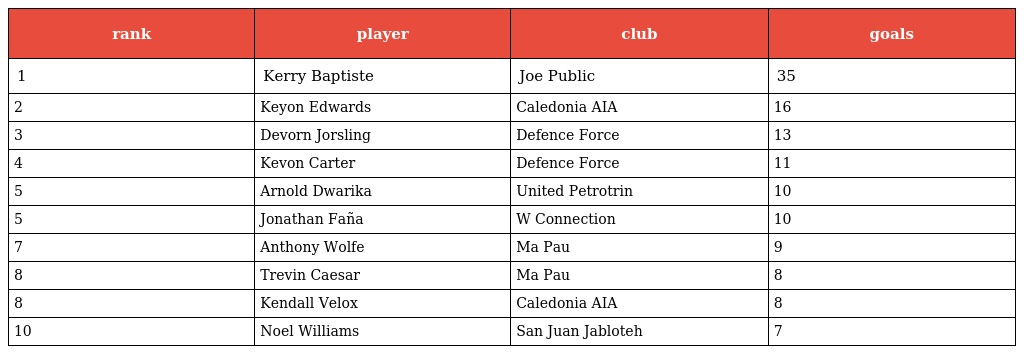
| rank | player | club | goals |
 | --- | --- | --- | --- |
 | 1 | Kerry Baptiste | Joe Public | 35 |
 | 2 | Keyon Edwards | Caledonia AIA | 16 |
 | 3 | Devorn Jorsling | Defence Force | 13 |
 | 4 | Kevon Carter | Defence Force | 11 |
 | 5 | Arnold Dwarika | United Petrotrin | 10 |
 | 5 | Jonathan Faña | W Connection | 10 |
 | 7 | Anthony Wolfe | Ma Pau | 9 |
 | 8 | Trevin Caesar | Ma Pau | 8 |
 | 8 | Kendall Velox | Caledonia AIA | 8 |
 | 10 | Noel Williams | San Juan Jabloteh | 7 |